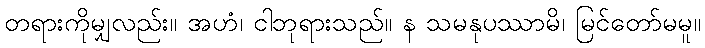
တရားကိုမျှလည်း။ အဟံ၊ ငါဘုရားသည်။ န သမနုပဿာမိ၊ မြင်တော်မမူ။